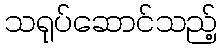
သရုပ်ဆောင်သည့်